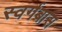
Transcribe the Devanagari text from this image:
स्वर्गबास